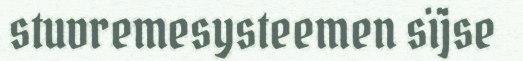
stuvremesysteemen sïjse